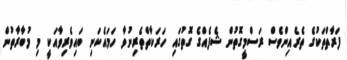
ފަރާތްތަކުގެ ތެރެއިންވެސް ރަސްމީގޮތުން ޝެފެއްގެ ގޮތުގައި ހަރަކާތްތެރިނުވާ ހަމައެކަނި ބައިވެރިވާއަކީ މި މުބާރާތުން